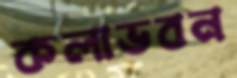
কলাভবন